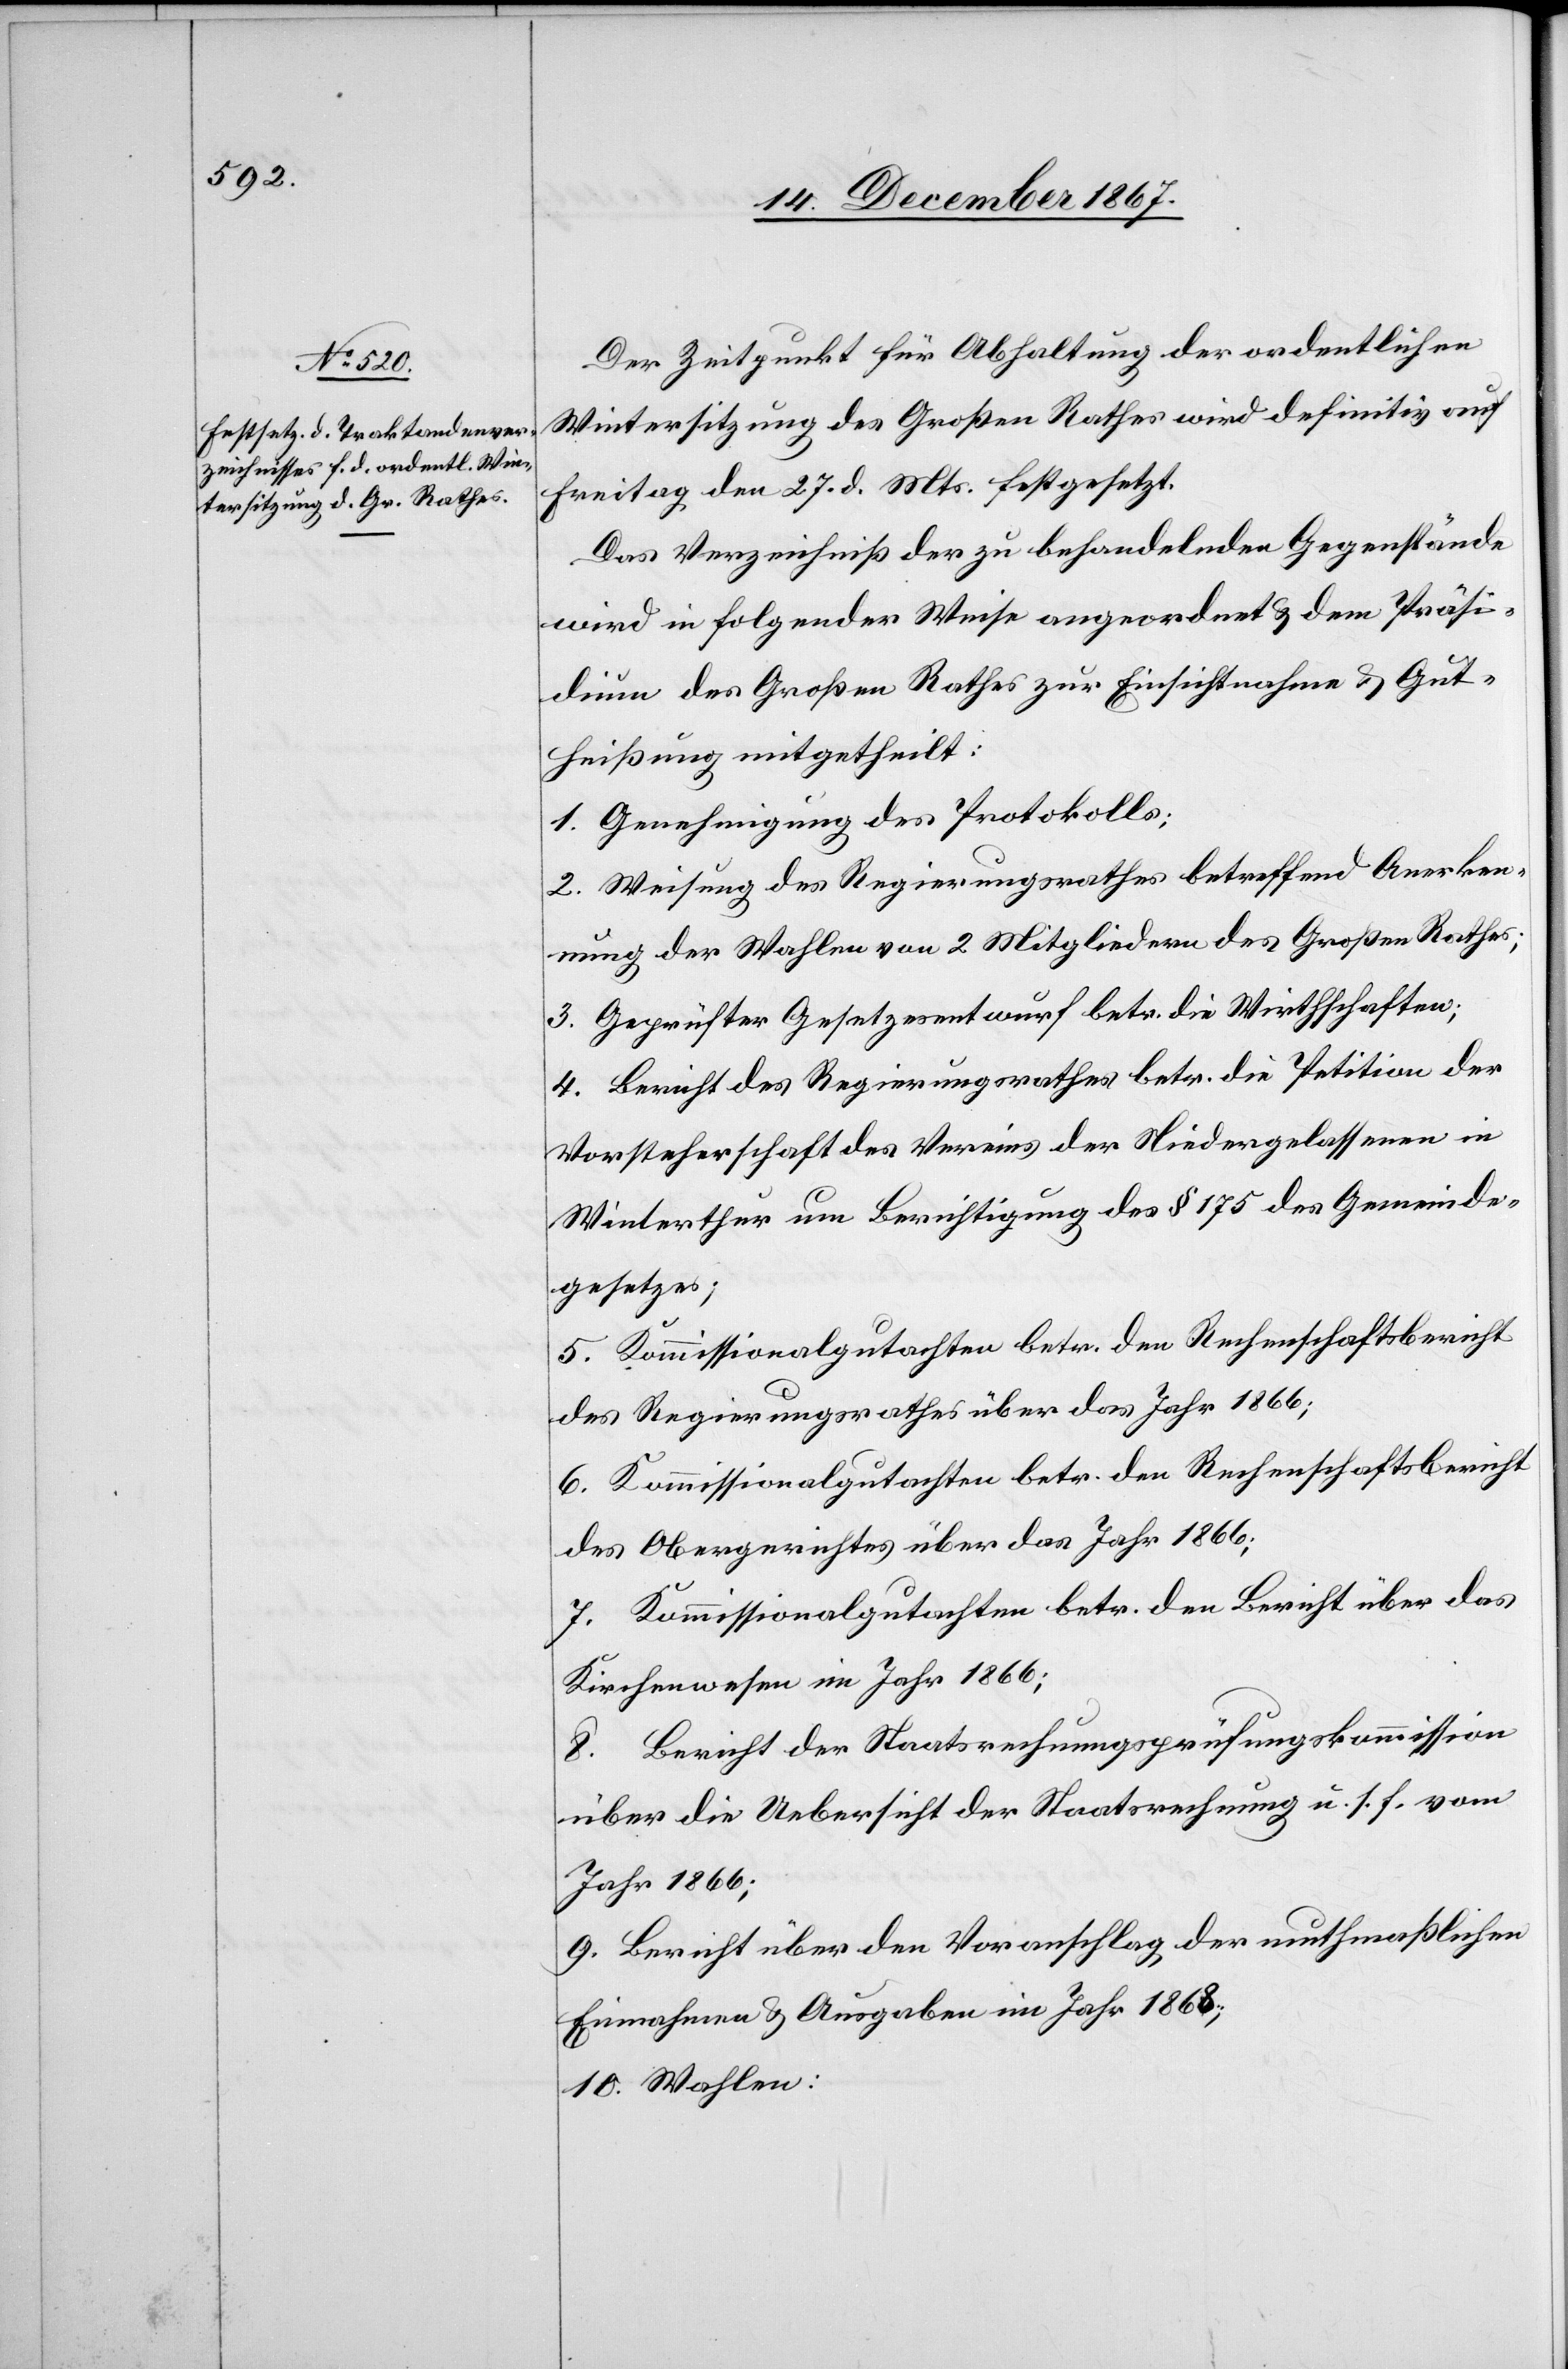
Der Zeitpunkt für Abhaltung der ordentlichen
Wintersitzung des Großen Rathes wird definitiv auf
Freitag den 27. d. Mts. festgesetzt.
Das Verzeichniß der zu behandelnden Gegenstände
wird in folgender Weise angeordnet u. dem Präsi¬
dium des Großen Rathes zur Einsichtnahme u. Gut¬
heißung mitgetheilt:
1. Genehmigung des Protokolls;
2. Weisung des Regierungsrathes betreffend Anerken¬
nung der Wahlen von 2 Mitgliedern des Großen Rathes;
3. Geprüfter Gesetzesentwurf betr. die Wirthschaften;
4. Bericht des Regierungsrathes betr. die Petition der
Vorsteherschaft des Vereins der Niedergelassenen in
Winterthur um Berichtigung des § 175 des Gemeinde¬
gesetzes;
5. Kommissionalgutachten betr. den Rechenschaftsbericht
des Regierungsrathes über das Jahr 1866;
6. Kommissionalgutachten betr. den Rechenschaftsbericht
des Obergerichtes über das Jahr 1866;
7. Kommissionalgutachten betr. den Bericht über das
Kirchenwesen im Jahr 1866.
8. Bericht der Staatsrechnungsprüfungskommission
über die Uebersicht der Staatsrechnung u. s. f. vom
Jahr 1866;
9. Bericht über den Voranschlag der muthmaßlichen
Einnahmen u. Ausgaben im Jahr 1868;
10. Wahlen;